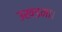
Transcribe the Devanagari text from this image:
उखडना।